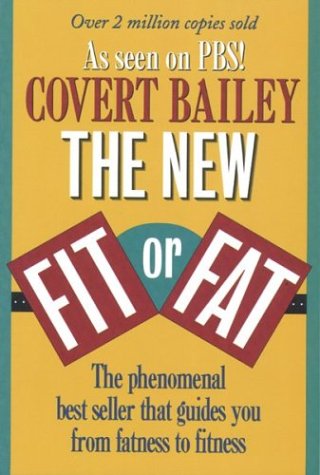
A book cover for The New Fit or Fat; Covert Bailey; Health, Fitness & Dieting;